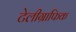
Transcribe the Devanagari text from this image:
टेलीग्राफिक